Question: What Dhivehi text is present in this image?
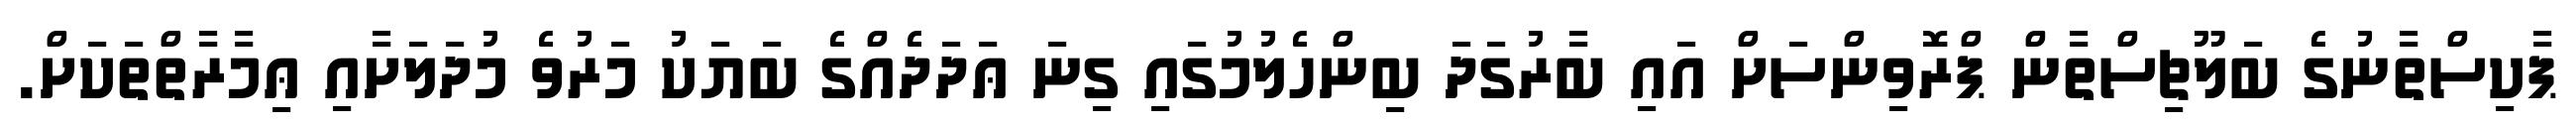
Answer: ޕާކިސްތާނުގެ ބަލޫޗިސްތާން ޕްރޮވިންސަށް އައި ބާރުގަދަ ބިންހެލުމުގައި ގިނަ ޢަދަދެއްގެ ބަޔަކު މަރުވެ މުދަލަށާއި ޢިމާރާތްތަކަށް.